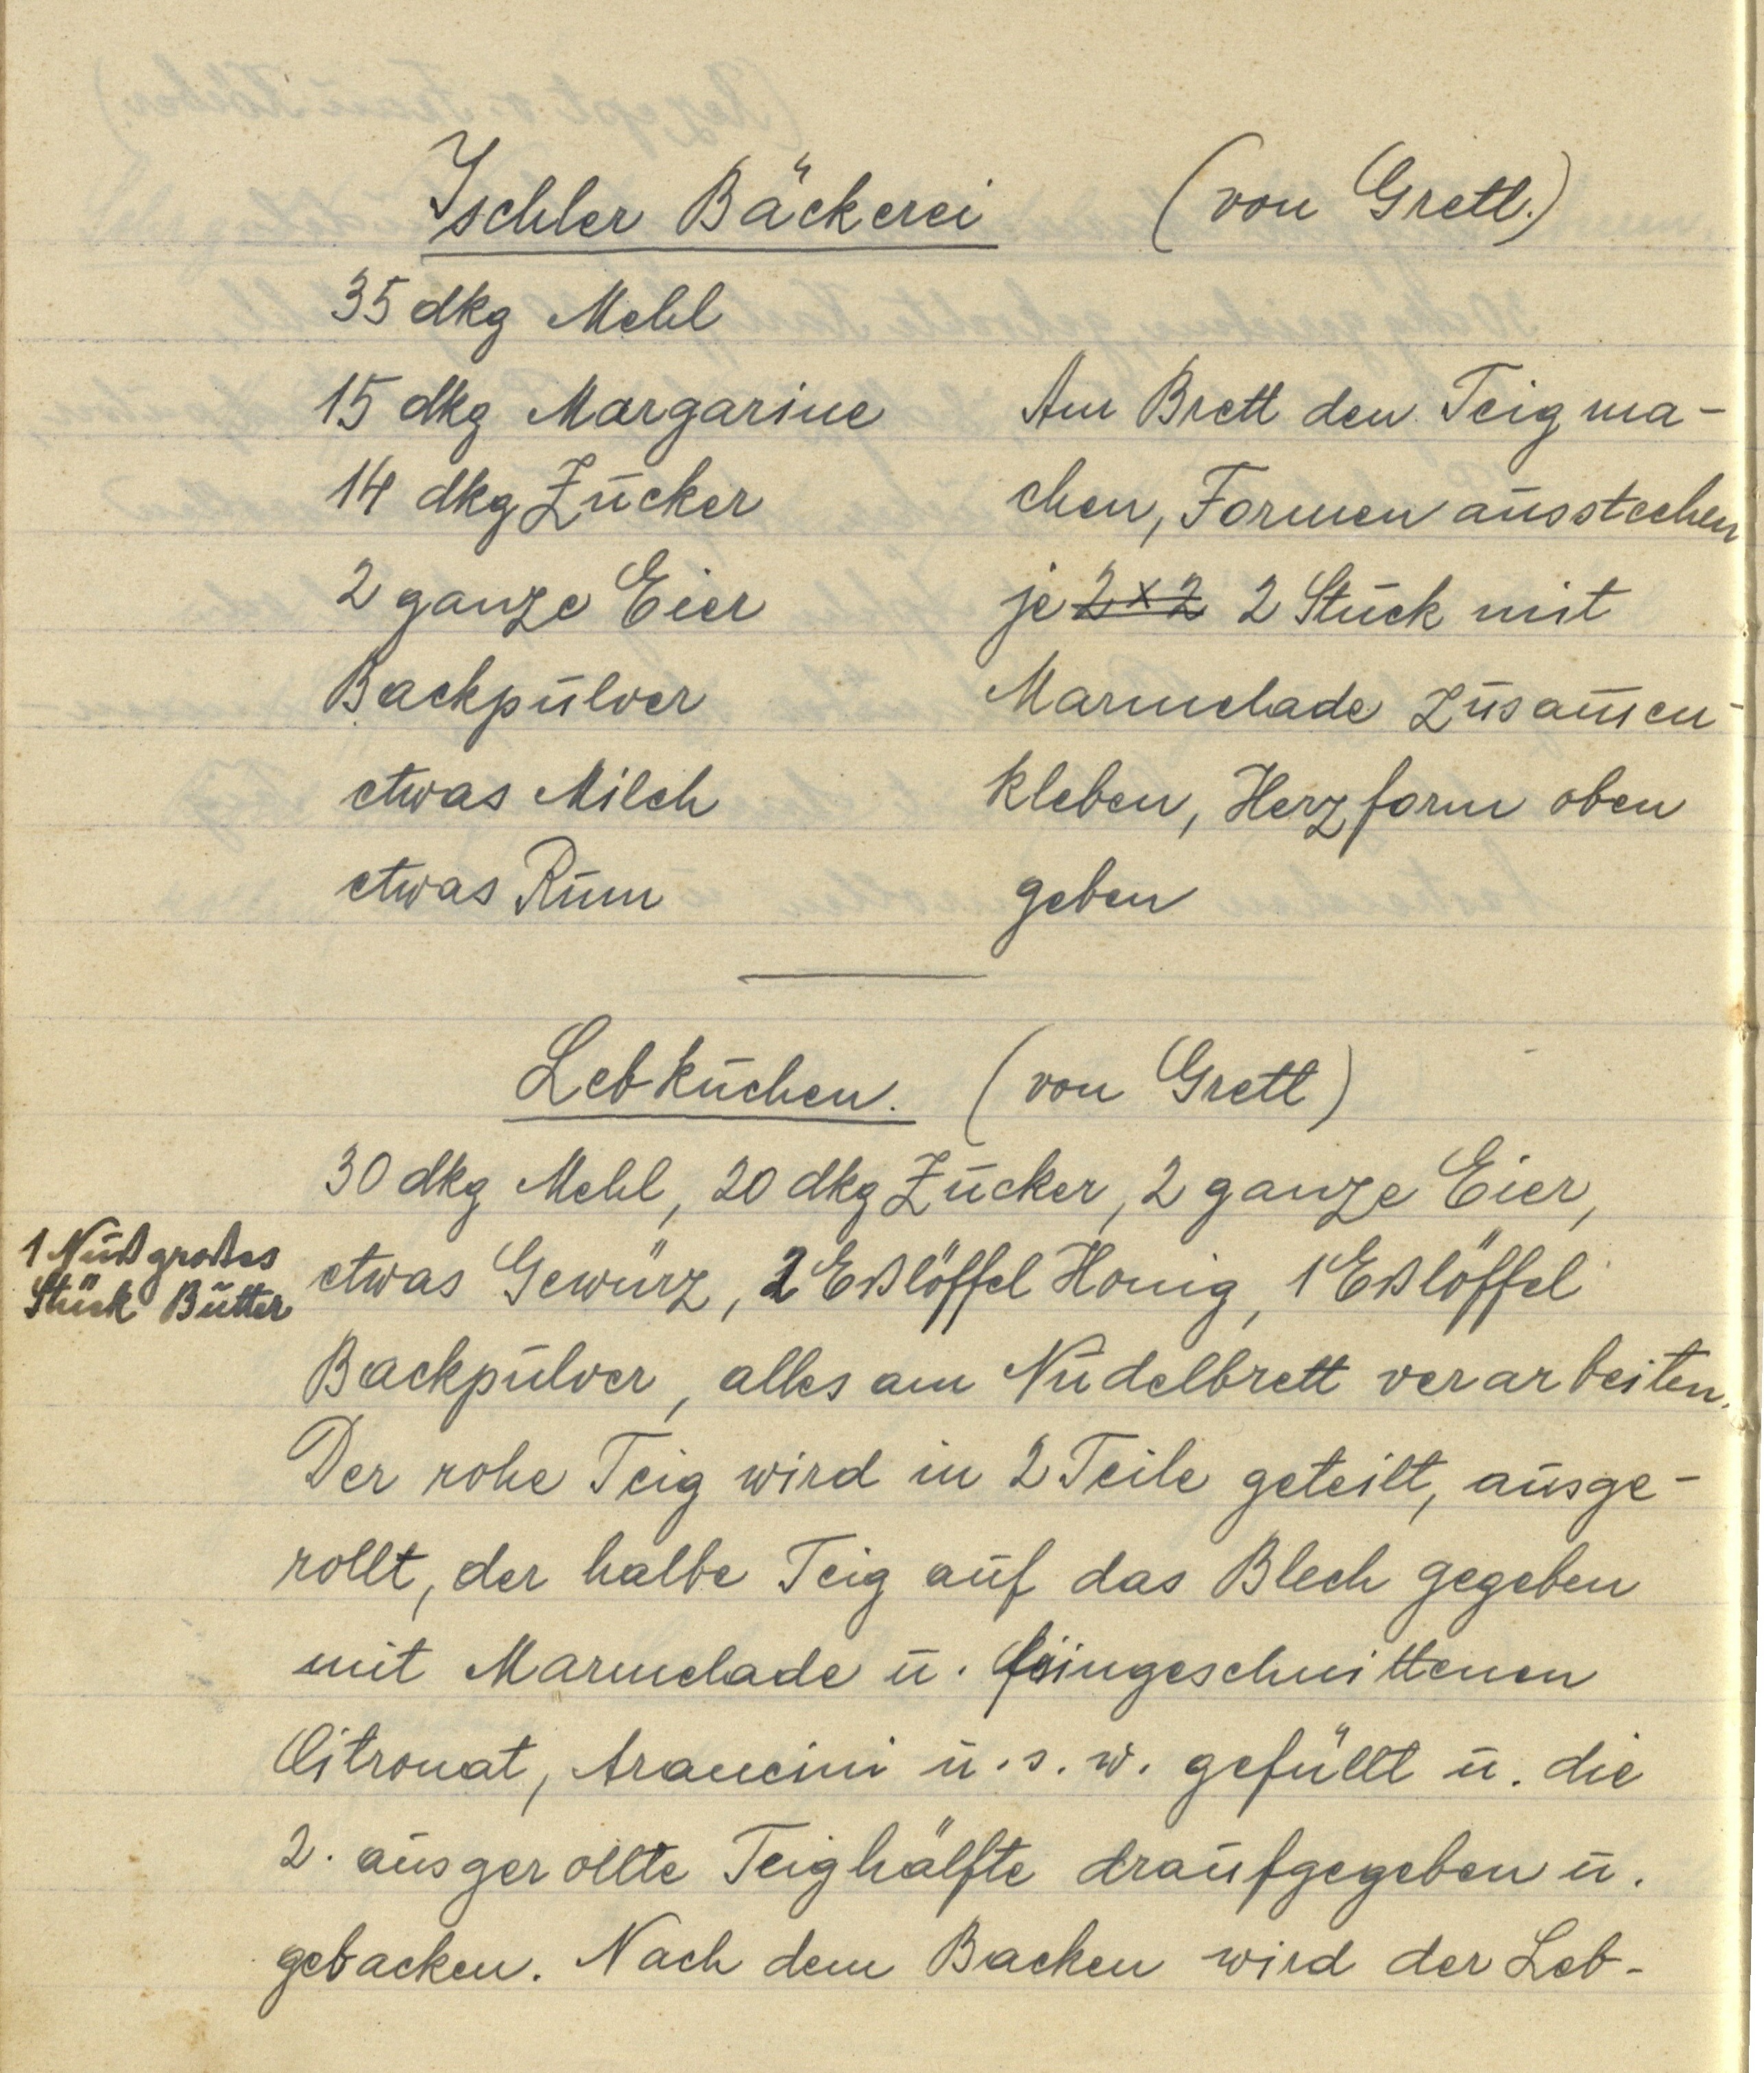
Ischler Bäckerei (von Gretl.)
35 dkg Mehl
15 dkg Margarine
14 dkg Zucker
2 ganze Eier
Backpulver
etwas Milch
etwas Rum
Am Brett den Teig ma¬
chen, Formen ausstechen
je 2 x 2 2 Stück mit
Marmelade zusammen¬
kleben, Herzform oben
geben

Lebkuchen. (von Gretl)
30 dkg Mehl, 20 dkg Zucker, 2 ganze Eier
etwas Gewürz, 2 Eßlöffel Honig, 1 Eßlöffel
Backpulver, alles am Nudelbrett verarbeiten.
Der rohe Teig wird in 2 Teile geteilt, ausge¬
rollt, der halbe Teig auf das Blech gegeben
mit Marmelade u. feingeschnittenen
Citronat, Arancini u.s.w. gefüllt u. die
2. ausgerollte Teighälfte draufgegeben u.
gebacken. Nach dem Backen wird der Leb¬

1 Nußgroßes
Stück Butter